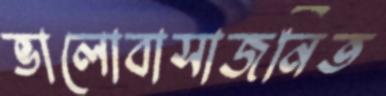
ভালোবাসাজনিত